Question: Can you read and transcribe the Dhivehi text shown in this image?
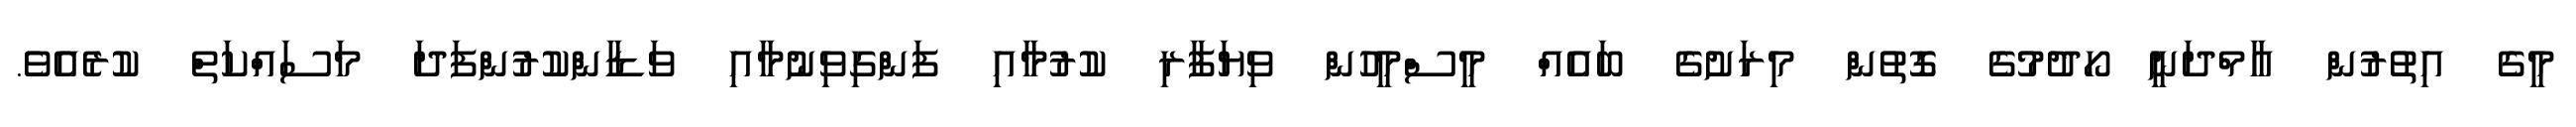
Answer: މީގެ އިތުރުން އާމްދަނީ ހޯދުމުގެ ގޮތުން މިރަށުގެ ބައެއް މީސްމީހުން ވިޔަފާރި ކުރުމާއި ފަންގިވިނުމާއި ވަޑާންކުރުންފަދަ މަސައްކަތް ކުރެއެވެ.